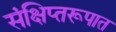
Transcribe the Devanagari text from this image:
संक्षिप्तरूपात